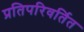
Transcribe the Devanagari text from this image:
प्रतिपरिवर्तित